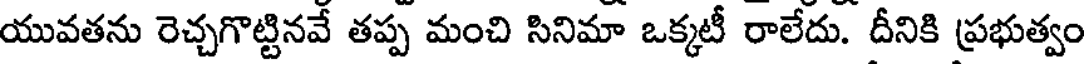
యువతను రెచ్చగొట్టినవే తప్ప మంచి సినిమా ఒక్కటీ రాలేదు. దీనికి ప్రభుత్వం